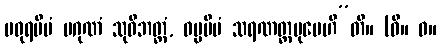
မဓုရမိမံ ပဂုဏံ သုဝိဘတ္တံ, ဓမ္မမိမံ သရဏတ္ထမုပေဟီ”တိ။ (ဝိ။ ဝ။